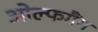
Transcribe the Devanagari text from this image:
ओल्फगैंग